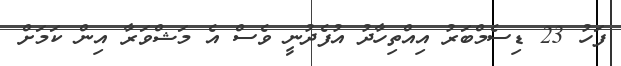
ފަހު 23 ޑިސެމްބަރު އިއްތިހާދު އުފެދުނީ ވެސް އެ މަޝްވަރާ އިން ކަމަށް